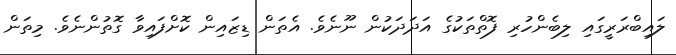
ލައިބްރަރީގައި ލިބެންހުރި ފޮތްތަކުގެ އަދަދަކުން ނޫނެވެ. އެތަން ޑިޒައިން ކޮށްފައިވާ ގޮތުންނެވެ. މިތަން